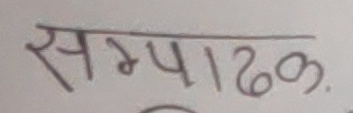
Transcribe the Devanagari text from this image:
सम्पादक.